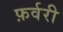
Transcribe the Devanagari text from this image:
फ़र्वरी